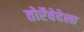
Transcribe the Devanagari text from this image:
तोर्रेवेदेला